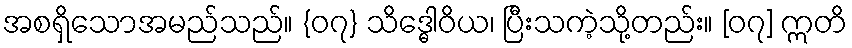
အစရှိသောအမည်သည်။ {၀၇} သိဒ္ဓေါဝိယ၊ ပြီးသကဲ့သို့တည်း။ [၀၇] ဣတိ